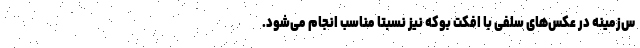
س‌زمینه در عکس‌های سلفی با افکت بوکه نیز نسبتا مناسب انجام می‌شود.